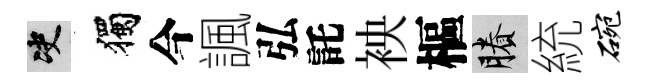
决獨今諷弘託䘧樞賸統碗